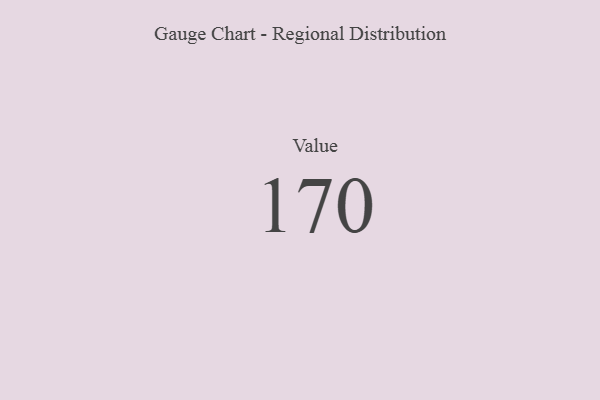
{"axis": {"x": "Metric", "y": "Value"}, "legend": [""], "data": [{"x": "Value", "y": 170, "type": ""}]}